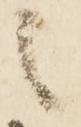
之